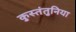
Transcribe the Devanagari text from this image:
कुस्तंतुनिया